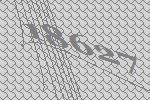
18627